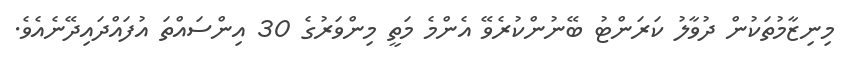
މިނިޒާމުތަކުން ދުވާލު ކަރަންޓު ބޭނުންކުރެވޭ އެންމެ މަތީ މިންވަރުގެ 30 އިންސައްތަ އުފައްދައިދޭނެއެވެ.